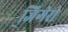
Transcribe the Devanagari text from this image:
जिगेरो